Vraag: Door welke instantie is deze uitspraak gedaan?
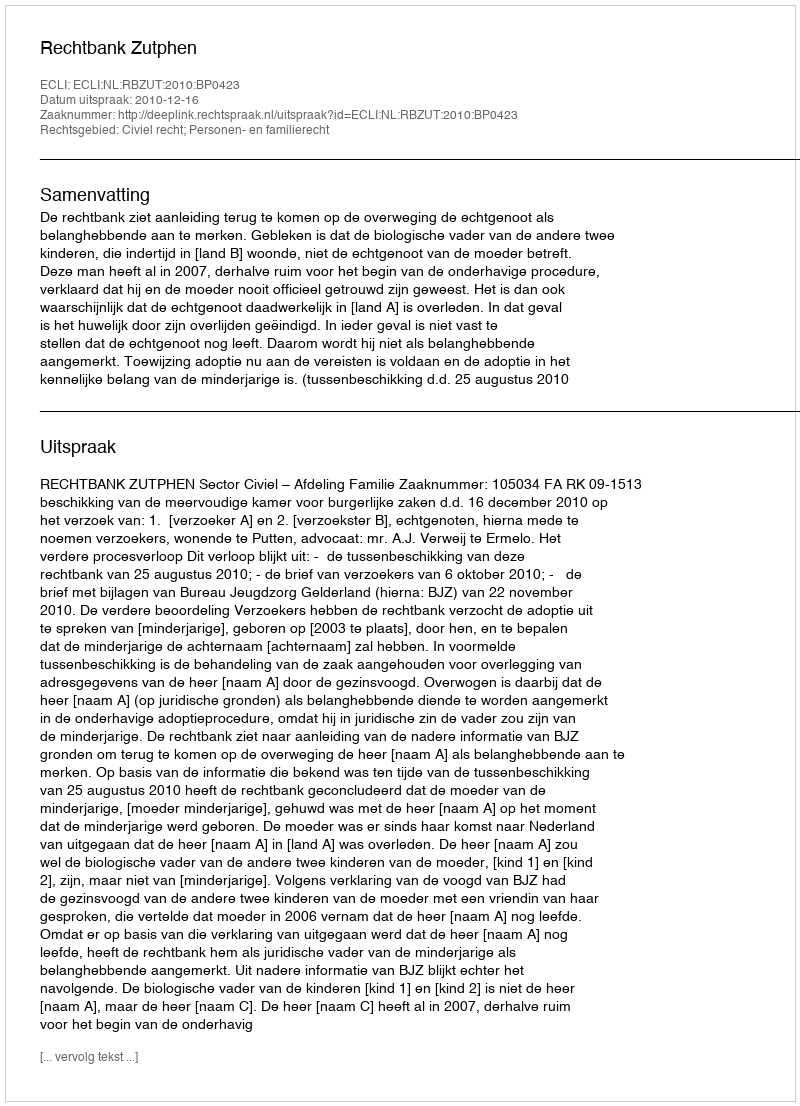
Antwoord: Rechtbank Zutphen